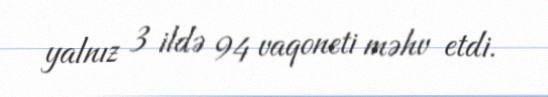
yalnız 3 ildə 94 vaqoneti məhv etdi.